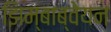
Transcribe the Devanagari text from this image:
झिम्बाब्वेयन